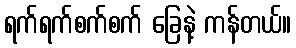
ရက်ရက်စက်စက် ခြေနဲ့ ကန်တယ်။